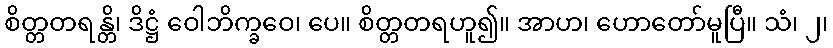
စိတ္တတရန္တိ၊ ဒိဋ္ဌံ ဝေါဘိက္ခဝေ၊ ပေ။ စိတ္တတရဟူ၍။ အာဟ၊ ဟောတော်မူပြီ။ သံ၊ ၂၊